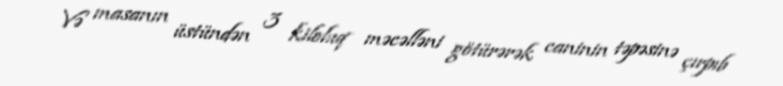
Və masanın üstündən 3 kiloluq məcəlləni götürərək caninin təpəsinə çırpıb